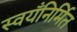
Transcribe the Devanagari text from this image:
स्वयँनिर्मित